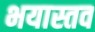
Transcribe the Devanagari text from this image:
भयास्तव